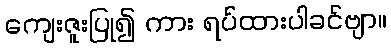
ကျေးဇူးပြု၍ ကား ရပ်ထားပါခင်ဗျာ။